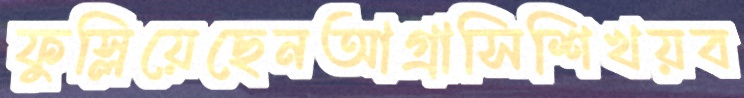
ফুস্‌লিয়েছেনআগ্রাসিশিখয়ব